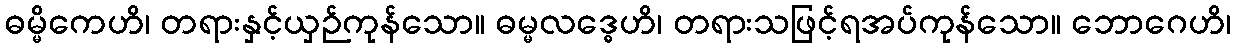
ဓမ္မိကေဟိ၊ တရားနှင့်ယှဉ်ကုန်သော။ ဓမ္မလဒ္ဓေဟိ၊ တရားသဖြင့်ရအပ်ကုန်သော။ ဘောဂေဟိ၊